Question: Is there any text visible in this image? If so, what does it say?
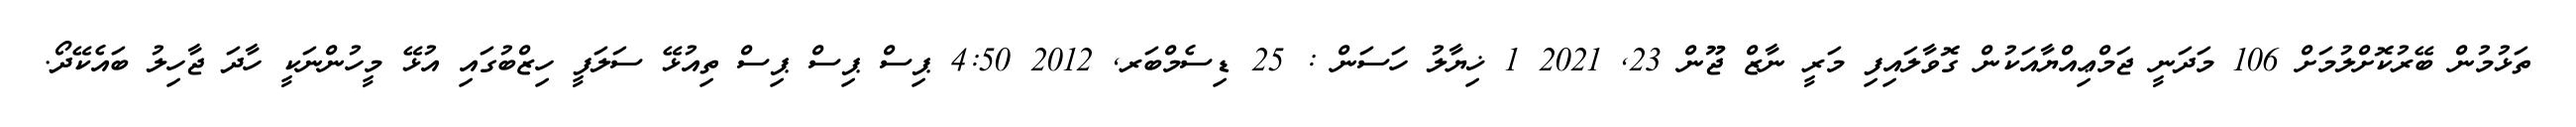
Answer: ތަޅުމުން ބޭރުކޮށްލުމަށް 106 މަދަނީ ޖަމްޢިއްޔާއަކުން ގޮވާލައިފި މަރީ ނާޒް ޖޫން 23, 2021 1 ޚިޔާލު ހަސަން : 25 ޑިސެމްބަރ, 2012 4:50 ޕިސް ޕިސް ޕިސް ތިއުޅޭ ސަލަފީ ހިޒްބުގައި އުޅޭ މީހުންނަކީ ހާދަ ޖާހިލު ބައެކޭދޯ.